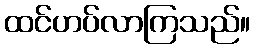
ထင်ဟပ်လာကြသည်။